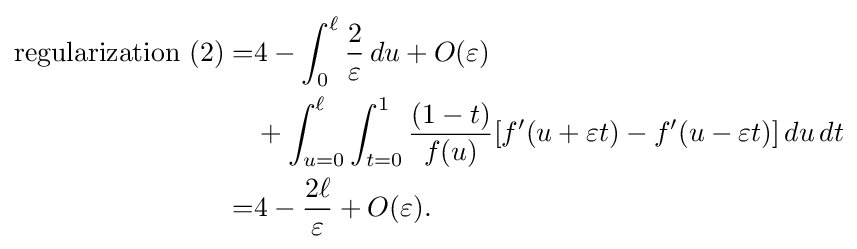
{\begin{aligned}{\rm {{regularization}\ (2)=}}&4-\int _{0}^{\ell }{\frac {2}{\varepsilon }}\,du+O(\varepsilon )\\&+\int _{u=0}^{\ell }\int _{t=0}^{1}{\frac {(1-t)}{f(u)}}[f'(u+\varepsilon t)-f'(u-\varepsilon t)]\,du\,dt\\=&4-{\frac {2\ell }{\varepsilon }}+O(\varepsilon ).\end{aligned}}